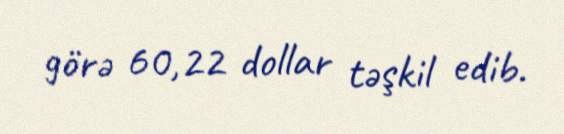
görə 60,22 dollar təşkil edib.